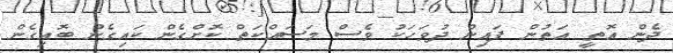
ދެން އޮތީ އަތުން ފައިން ދުވަހަކު ވެސް މަސައްކަތް ކޮށްގެން ކައިގެން ބޮއިގެން